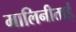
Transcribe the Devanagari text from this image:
मालिनीताई